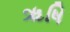
ૠષિ